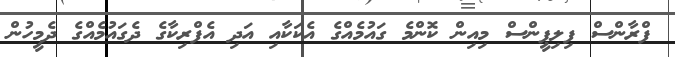
ފްރާންސް ފިލިޕީންސް މިއިން ކޮންމެ ގައުމެއްގެ އެކަކާއި އަދި އެފްރިކާގެ ދެގައުމެއްގެ ދެމީހުން